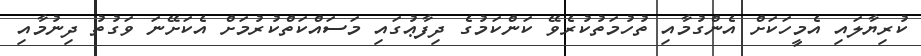
ކުރިޔާލައި އެމީހަކަށް އެންގުމާއި ތުހުމަތުކުރެވޭ ކަންކަމުގެ ދިފާޢުގައި މަސައްކަތްކުރުމަށް އެކަށޭނަ ވަގުތު ދިނުމާއި